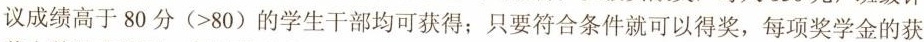
议成绩高于80分(>80)的学生干部均可获得；只要符合条件就可以得奖，每项奖学金的获